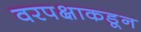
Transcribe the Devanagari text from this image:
वरपक्षाकडून